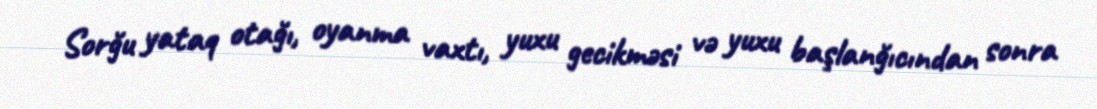
Sorğu yataq otağı, oyanma vaxtı, yuxu gecikməsi və yuxu başlanğıcından sonra